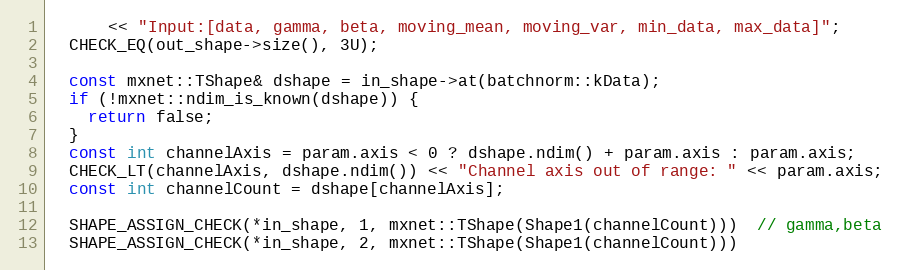
Language: C++
      << "Input:[data, gamma, beta, moving_mean, moving_var, min_data, max_data]";
  CHECK_EQ(out_shape->size(), 3U);

  const mxnet::TShape& dshape = in_shape->at(batchnorm::kData);
  if (!mxnet::ndim_is_known(dshape)) {
    return false;
  }
  const int channelAxis = param.axis < 0 ? dshape.ndim() + param.axis : param.axis;
  CHECK_LT(channelAxis, dshape.ndim()) << "Channel axis out of range: " << param.axis;
  const int channelCount = dshape[channelAxis];

  SHAPE_ASSIGN_CHECK(*in_shape, 1, mxnet::TShape(Shape1(channelCount)))  // gamma,beta
  SHAPE_ASSIGN_CHECK(*in_shape, 2, mxnet::TShape(Shape1(channelCount)))